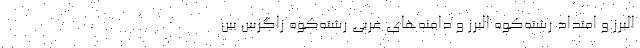
البرز و امتداد رشته‌کوه البرز و دامنه‌های غربی رشته‌کوه زاگرس بین